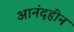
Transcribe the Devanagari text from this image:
आनंदहीन